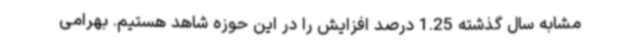
مشابه سال گذشته 1.25 درصد افزایش را در این حوزه شاهد هستیم. بهرامی